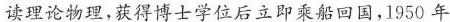
读理论物理，获得博士学位后立即乘船回国，1950年